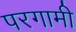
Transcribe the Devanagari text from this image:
परगामी